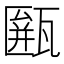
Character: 𤮖